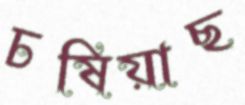
চষিয়াছ